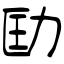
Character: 劻